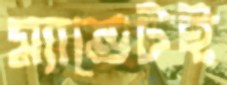
ম্যান্ডেটই